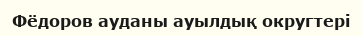
Фёдоров ауданы ауылдық округтері